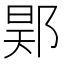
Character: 𨛴